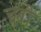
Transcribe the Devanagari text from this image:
चबी